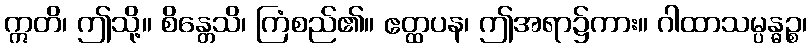
ဣတိ၊ ဤသို့။ စိန္တေသိ၊ ကြံစည်၏။ ဧတ္ထပန၊ ဤအရာ၌ကား။ ဂါထာသမ္ပန္ဓဉ္စ၊